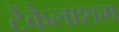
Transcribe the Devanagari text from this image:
टेंकैलाशम